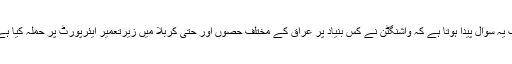
اب یہ سوال پیدا ہوتا ہے کہ واشنگٹن نے کس بنیاد پر عراق کے مختلف حصوں اور حتیٰ کربلا میں زیرتعمیر ایئرپورٹ پر حملہ کیا ہے؟